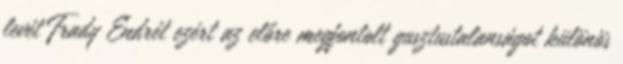
levét Frady Endrét ezért az előre megfontolt gusztustalanságot különös